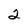
Character: 2